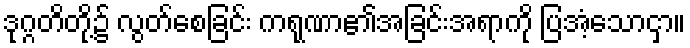
ဒုဂ္ဂတိတို့၌ လွတ်စေခြင်း ကရုဏာ၏အခြင်းအရာကို ပြအံ့သောငှာ။